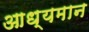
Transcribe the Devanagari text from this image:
आध्यमान